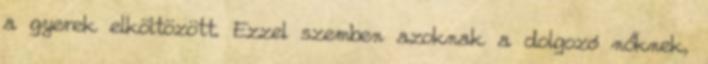
a gyerek elköltözött. Ezzel szemben azoknak a dolgozó nőknek,